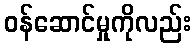
ဝန်ဆောင်မှုကိုလည်း